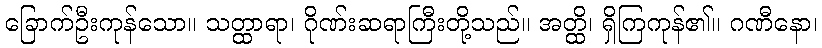
ခြောက်ဦးကုန်သော။ သတ္ထာရာ၊ ဂိုဏ်းဆရာကြီးတို့သည်။ အတ္ထိ၊ ရှိကြကုန်၏။ ဂဏီနော၊